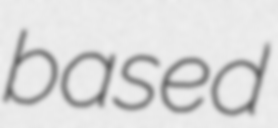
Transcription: based